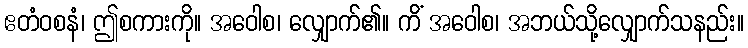
ဧတံဝစနံ၊ ဤစကားကို။ အဝေါစ၊ လျှောက်၏။ ကိံ အဝေါစ၊ အဘယ်သို့လျှောက်သနည်း။